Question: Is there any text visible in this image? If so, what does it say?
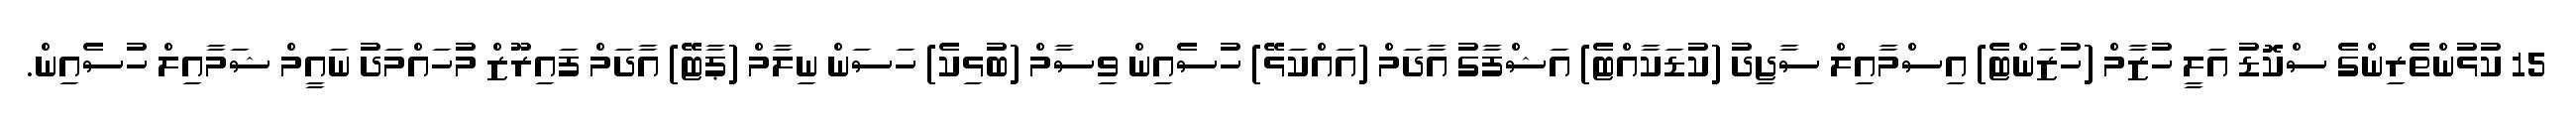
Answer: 15 ކުޅުންތެރިންގެ ސްކޮޑު އަލީ ހުޒާމް (ހުޒަންޓެ) އިސްމާއިލް ސާޖިދު (ކުޑަކާއްޓެ) އަޝްފާގު އާދަމް (އައްކަޅޭ) ހުސެއިން ވިސާމް (ބުޅިކެ) ހަސަން ނިލާމް (ޕާޓޭ) އާދަމް ފައިރޫޒް މުހައްމަދު ނައީމް ޝަމާއިލް ހުސެއިން.